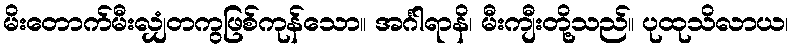
မိးတောက်မီးလျှံတကွဖြစ်ကုန်သော။ အင်္ဂါရာနိ၊ မီးကျီးတို့သည်။ ပုထုသိလာယ၊